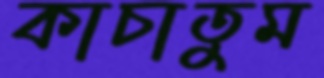
কাচাতুম